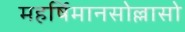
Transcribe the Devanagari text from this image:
महर्षिमानसोल्लासो